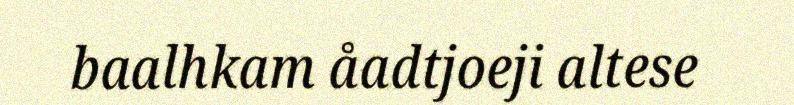
baalhkam åadtjoeji altese